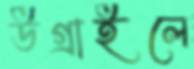
উগ্‌রাইলে